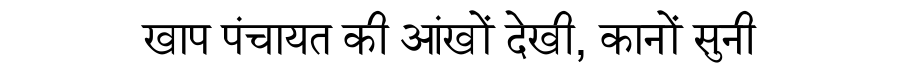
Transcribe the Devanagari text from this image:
खाप पंचायत की आंखों देखी, कानों सुनी